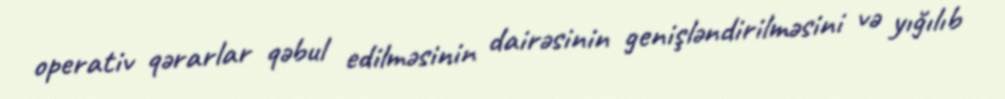
operativ qərarlar qəbul edilməsinin dairəsinin genişləndirilməsini və yığılıb